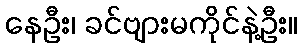
နေဦး၊ ခင်ဗျားမကိုင်နဲ့ဦး။